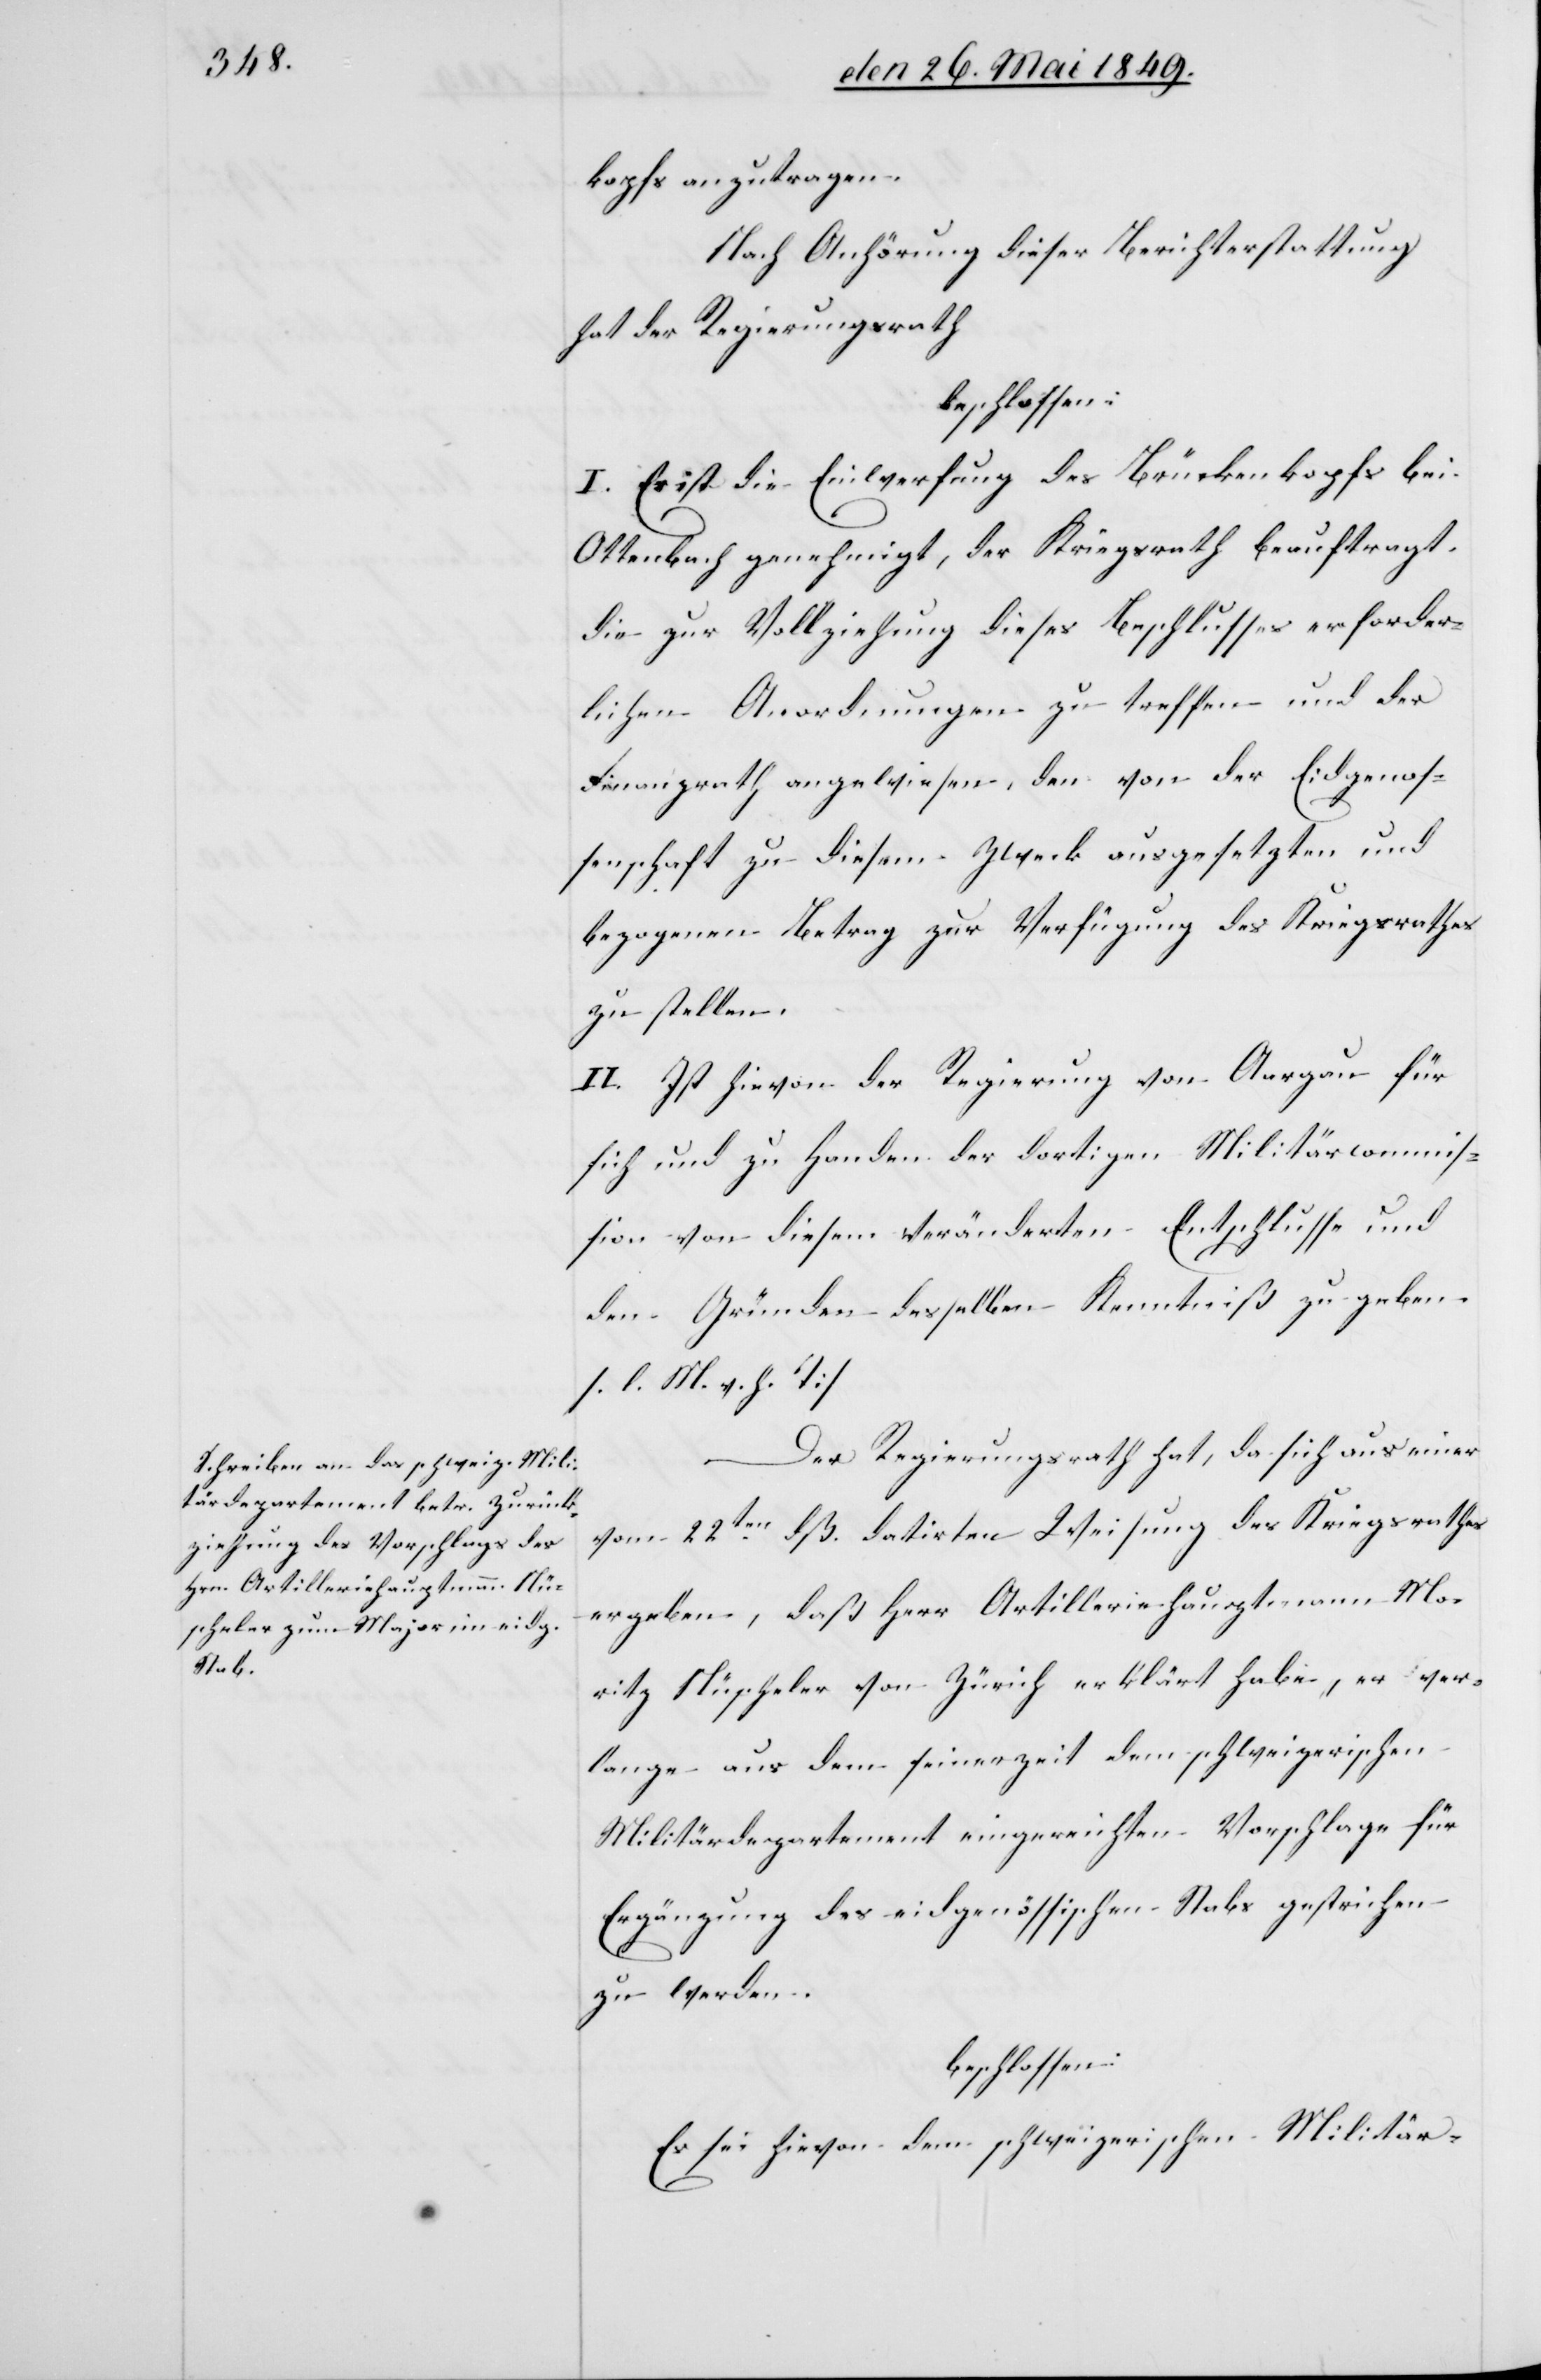
kopfs anzutragen.
Nach Anhörung dieser Berichterstattung
hat der Regierungsrath
beschlossen:
I. es ist die Einwerfung des Brückenkopfs bei
Ottenbach genehmigt, der Kriegsrath beauftragt,
die zur Vollziehung dieses Beschlusses erforder¬
lichen Anordnungen zu treffen und der
Finanzrath angewiesen, den von der Eidgenos¬
senschaft zu diesem Zweck ausgesetzten und
bezogenen Betrag zur Verfügung des Kriegsrathes
zu stellen.
II. Ist hievon der Regierung von Aargau für
sich und zu Handen der dortigen Militärcommis¬
sion von diesem veränderten Entschlusse und
den Gründen desselben Kenntniß zu geben.
[l. M. h. T]
Der Regierungsrath hat, da sich aus einer
vom 22ten dß. datirten Weisung des Kriegsrathes
ergeben, daß Herr Artilleriehauptmann Mo¬
ritz Nüscheler von Zürich erklärt habe, er ver¬
lange aus dem seinerzeit dem schweizerischen
Militärdepartement eingereichten Vorschlage für
Ergänzung des eidgenössischen Stabs gestrichen
zu werden.
beschlossen:
Es sei hievon dem schweizerischen Militär-